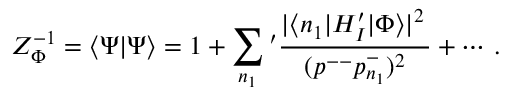
Z _ { \Phi } ^ { - 1 } = \langle \Psi | \Psi \rangle = 1 + \sum _ { n _ { 1 } } { ' } \frac { | \langle n _ { 1 } | H _ { I } ^ { \prime } | \Phi \rangle | ^ { 2 } \, } { \, ( p ^ { -- } p _ { n _ { 1 } } ^ { - } ) ^ { 2 } \, } + \cdots \, .